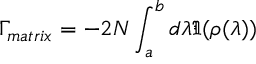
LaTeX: \Gamma _ { m a t r i x } = - 2 N \int _ { a } ^ { b } d \lambda \Im ( \rho ( \lambda ) )